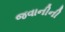
જવાનીની